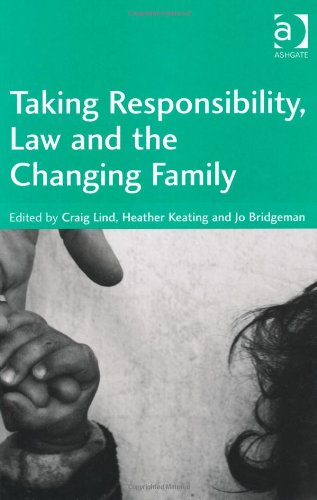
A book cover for Taking Responsibility, Law and the Changing family; Craig Lind; Law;